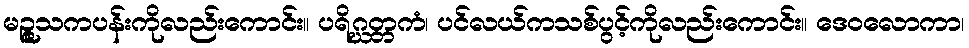
မဉ္ဇူသကပန်းကိုလည်းကောင်း။ ပရိဂ္ဃတ္တကံ၊ ပင်လယ်ကသစ်ပွင့်ကိုလည်းကောင်း။ ဒေဝလောကာ၊